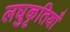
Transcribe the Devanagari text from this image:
लघुकृतियाँ